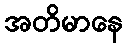
အတိမာနေ